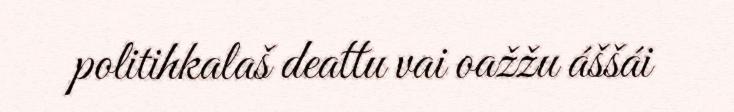
politihkalaš deattu vai oažžu áššái